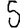
Digit: 5